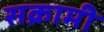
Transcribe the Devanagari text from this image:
सक्रामी